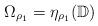
LaTeX: \begin{align*}\Omega_{\rho_{1}}=\eta_{\rho_{1}}(\mathbb{D})\end{align*}